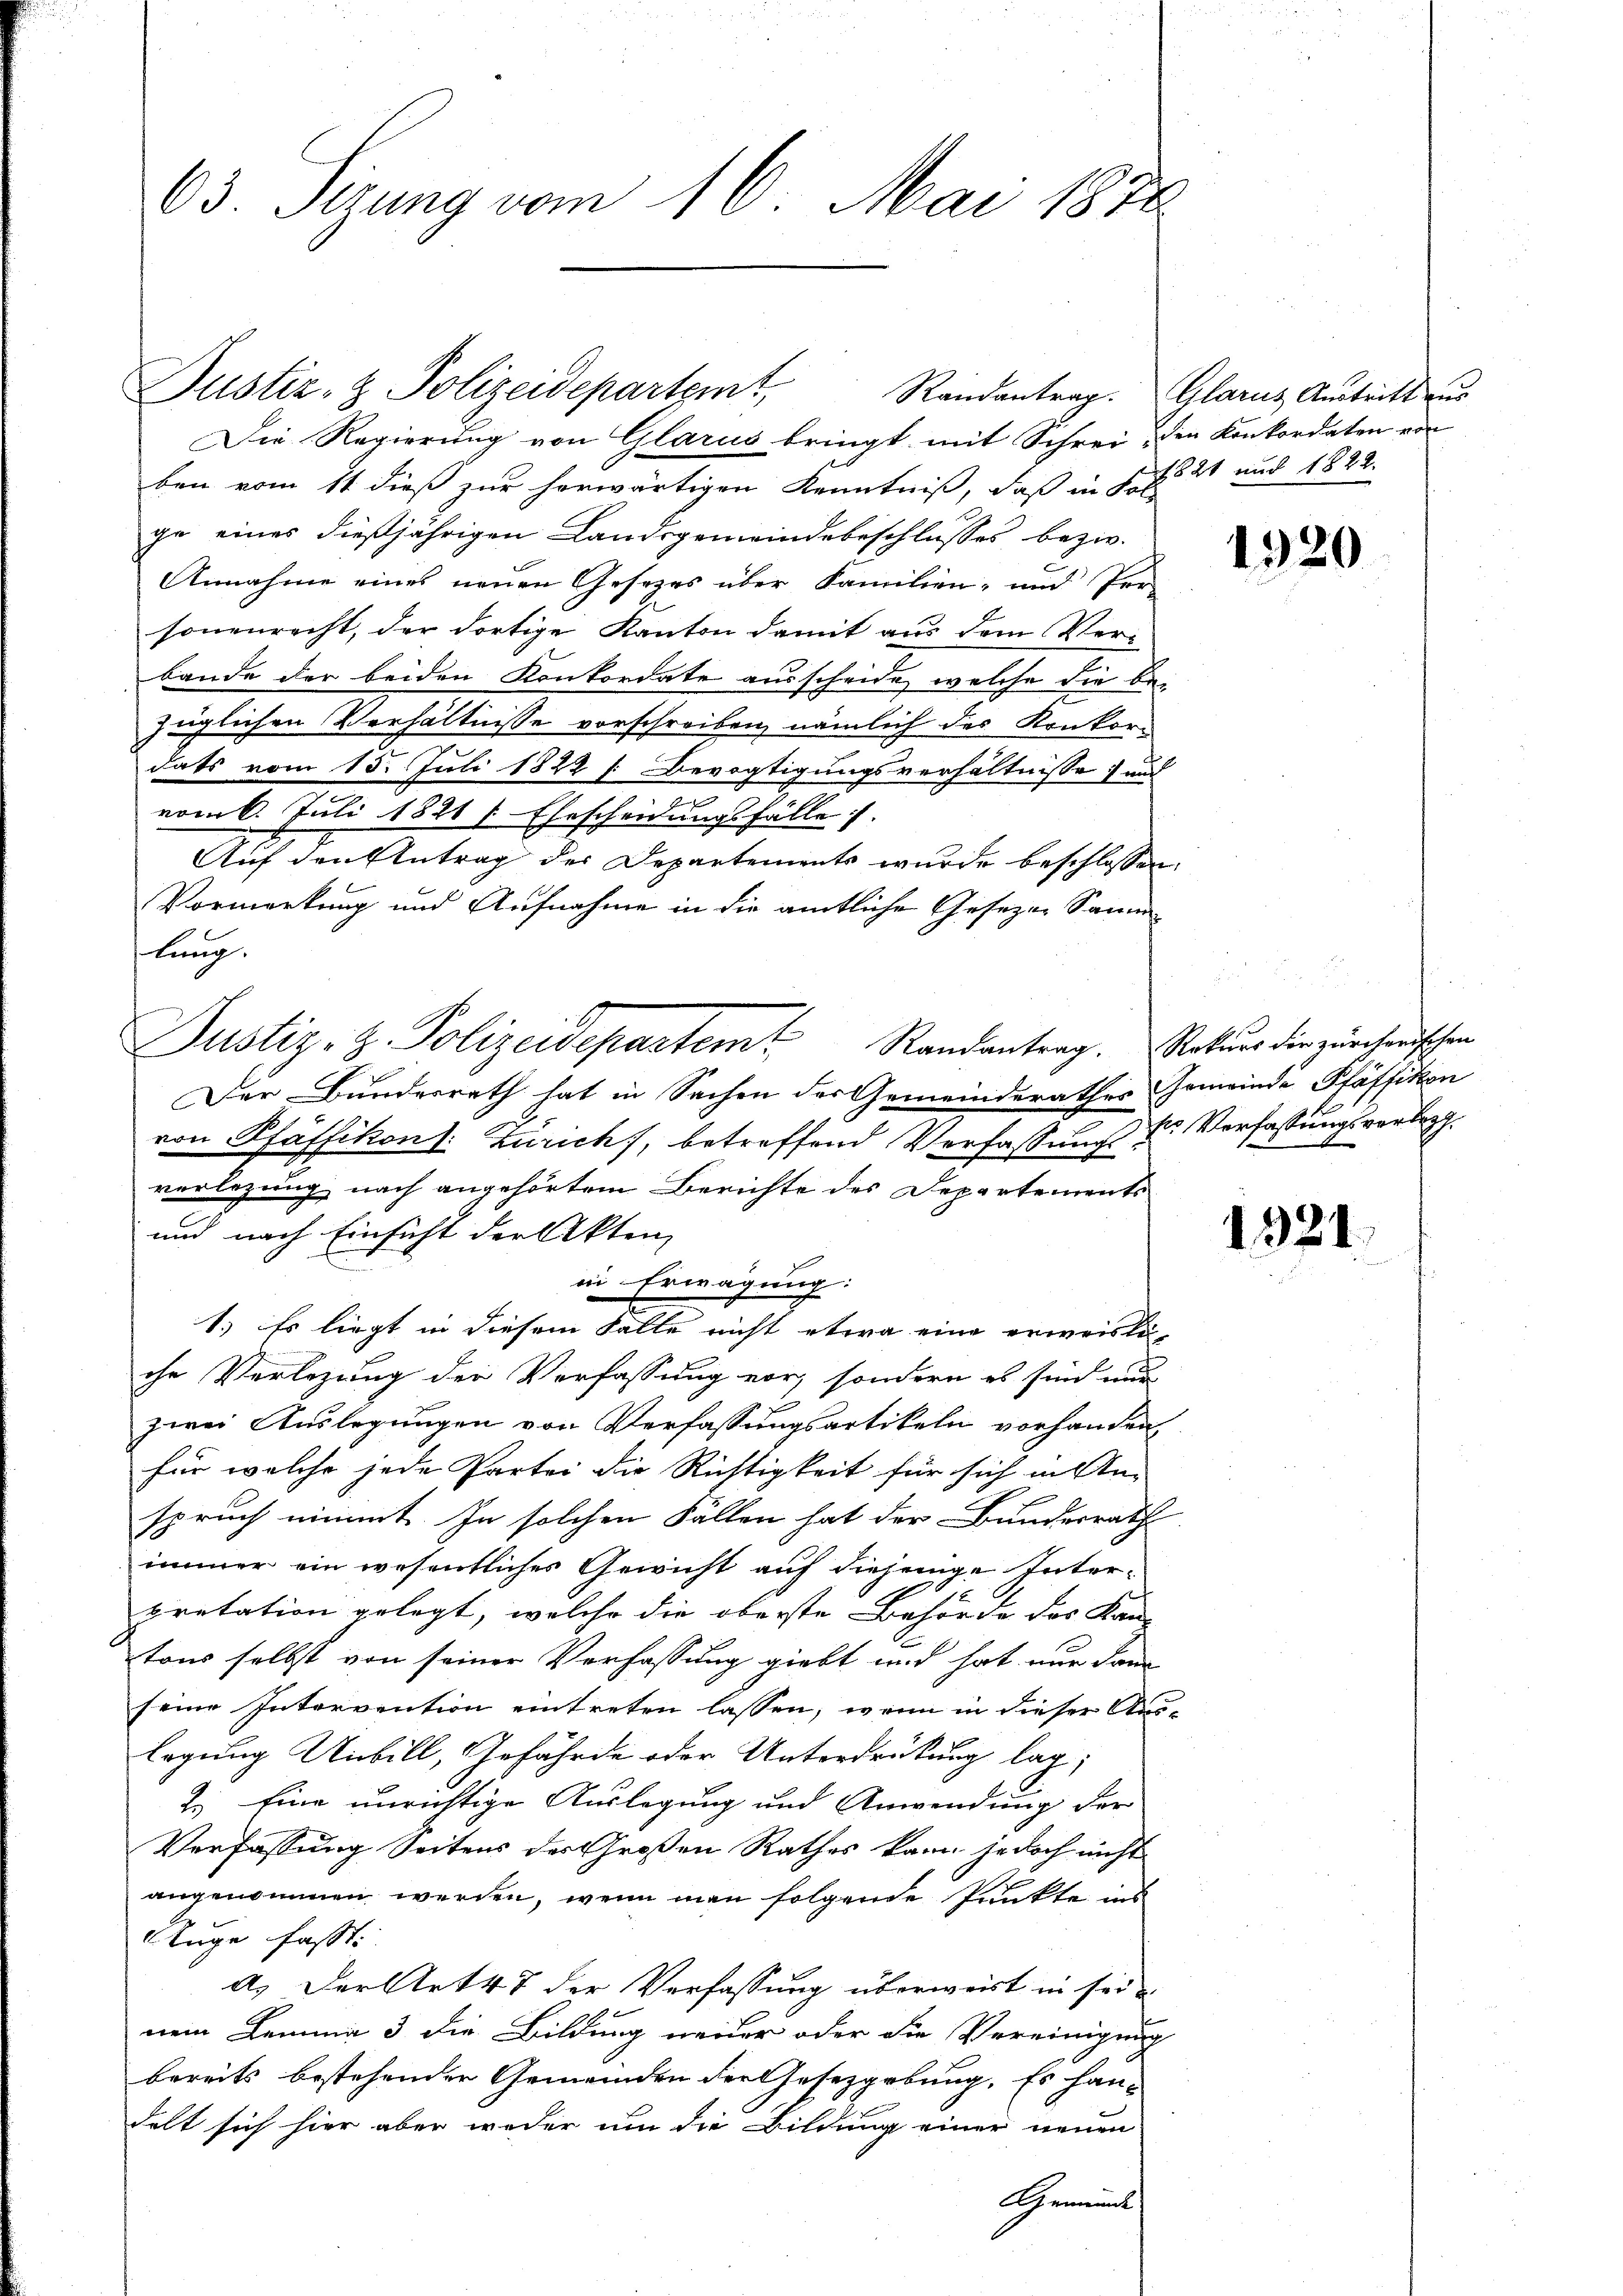
63. Serung vom 16. Mai 1876

Justiz- & Polizeidepartemt,

Die Regierung von Glarus bringt mit Schrei, die Konkordaten von
ben vom 11 dieß zur herwärtigen Kenntniß, daß in Fol. 2 und 1822.
ge eines dießjährigen Landsgemeindebeschlusses bezw.
Annahme eines neuen Gesezes über Familien- und Per-
sonenrecht, der dortige Kanton damit aus dem Ver-
bande der beiden Konkordate ausscheide, welche die Be-
züglichen Verhältnisse vorschreiben, nämlich des Konkordats vom 15. Juli 1822 f. Bevogtigungsverhältnisse und
x
vom 6. Juli 1821 / Ehescheidungsfälle.
Auf den Antrag der Departements wurde beschlossen:
Vormerkung und Aufnahme in die amtliche Gesezen Samm
lung.
Justiz-Z. Polizeidepartem Randantrag. Rekurs der zürcherischen
Der Bundesrath hat in Sachen der Gemeinderathes Gemeinde Pfäffikon
von Pfäffikon: Zürich), betreffend Verfassung der Verfassungsverleg
verlegung nach angehörtem Berichte des Departements
und nach Einsicht der Akten,
in Erwägung:
1.) Es liegt in diesem Fälle nicht etwa eine erweisti-
che Verlegung der Verfassung vor, sondern es sind nur
zwei Auslegungen von Verfassungsartikeln vorhanden
für welche jede Partei die Richtigkeit für sich in An-
spruch nimmt. In solchen Fällen hat der Bundesrath
immer ein wesentliches Gewicht auf diejenige Inter-
pretation gelegt, welche die oberste Behörde der Kan- |
tons selbst von seiner Verfassung giebt und hat nur dann
seine Intervention eintreten lassen, wenn in dieser Aus-
lagung Unbill, Gefährde oder Unterdrückung lag;
2.) Eine unrichtige Auslegung und Anwendung der
Verfassung Seitens des Großen Rathes kann jedoch nicht
angenommen werden, wenn man folgende Punkte ins
Auge fasst:
A. Der Art 47 der Verfassung überweist in sein
nem Lemma 3 die Bildung neuer oder die Vereinigung
bereits bestehenden Gemeinden der Gesetzgebung. Es han-
delt sich hier aber weder um die Bildung einer neuen
Gemeinde

Randantrag. Glarus Austritt zur

1920

1321.